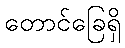
တောင်ခြေရှိ